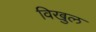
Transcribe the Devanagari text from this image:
विखुल